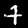
Label: 7